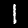
Digit: 1